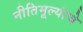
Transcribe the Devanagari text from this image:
नीतिमूल्यांचे